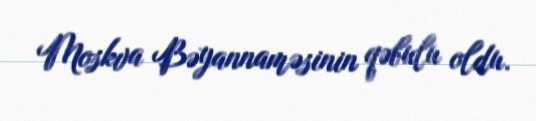
Moskva Bəyannaməsinin qəbulu oldu.